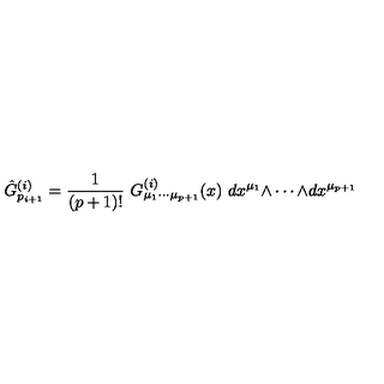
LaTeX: \hat { G } _ { p _ { i + 1 } } ^ { ( i ) } = { \frac { 1 } { ( p + 1 ) ! } } \ G _ { \mu _ { 1 } \cdots \mu _ { p + 1 } } ^ { ( i ) } ( x ) \ d x ^ { \mu _ { 1 } } { \wedge \cdots \wedge } d x ^ { \mu _ { p + 1 } }